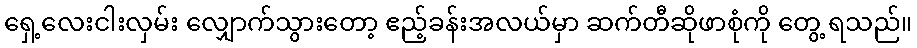
ရှေ့လေးငါးလှမ်း လျှောက်သွားတော့ ဧည့်ခန်းအလယ်မှာ ဆက်တီဆိုဖာစုံကို တွေ့ ရသည်။